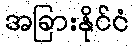
အခြားနိုင်ငံ